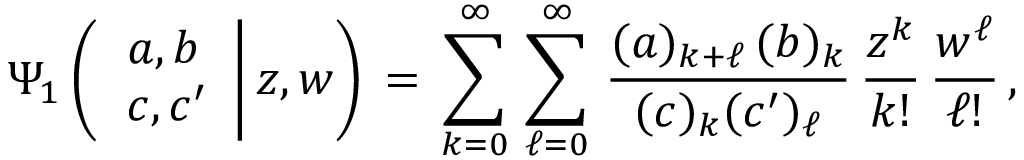
\begin{array} { l } { \displaystyle \Psi _ { 1 } \left( \left. \begin{array} { l } { a , b } \\ { c , c ^ { \prime } } \end{array} \right| z , w \right) \, = \, \sum _ { k = 0 } ^ { \infty } \, \sum _ { \ell = 0 } ^ { \infty } \, \frac { ( a ) _ { k + \ell } \, ( b ) _ { k } } { ( c ) _ { k } ( c ^ { \prime } ) _ { \ell } } \, \frac { z ^ { k } } { k ! } \, \frac { w ^ { \ell } } { \ell ! } \, , } \end{array}